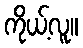
ကိုယ့်လူ။